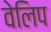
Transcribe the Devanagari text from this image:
वेलिप